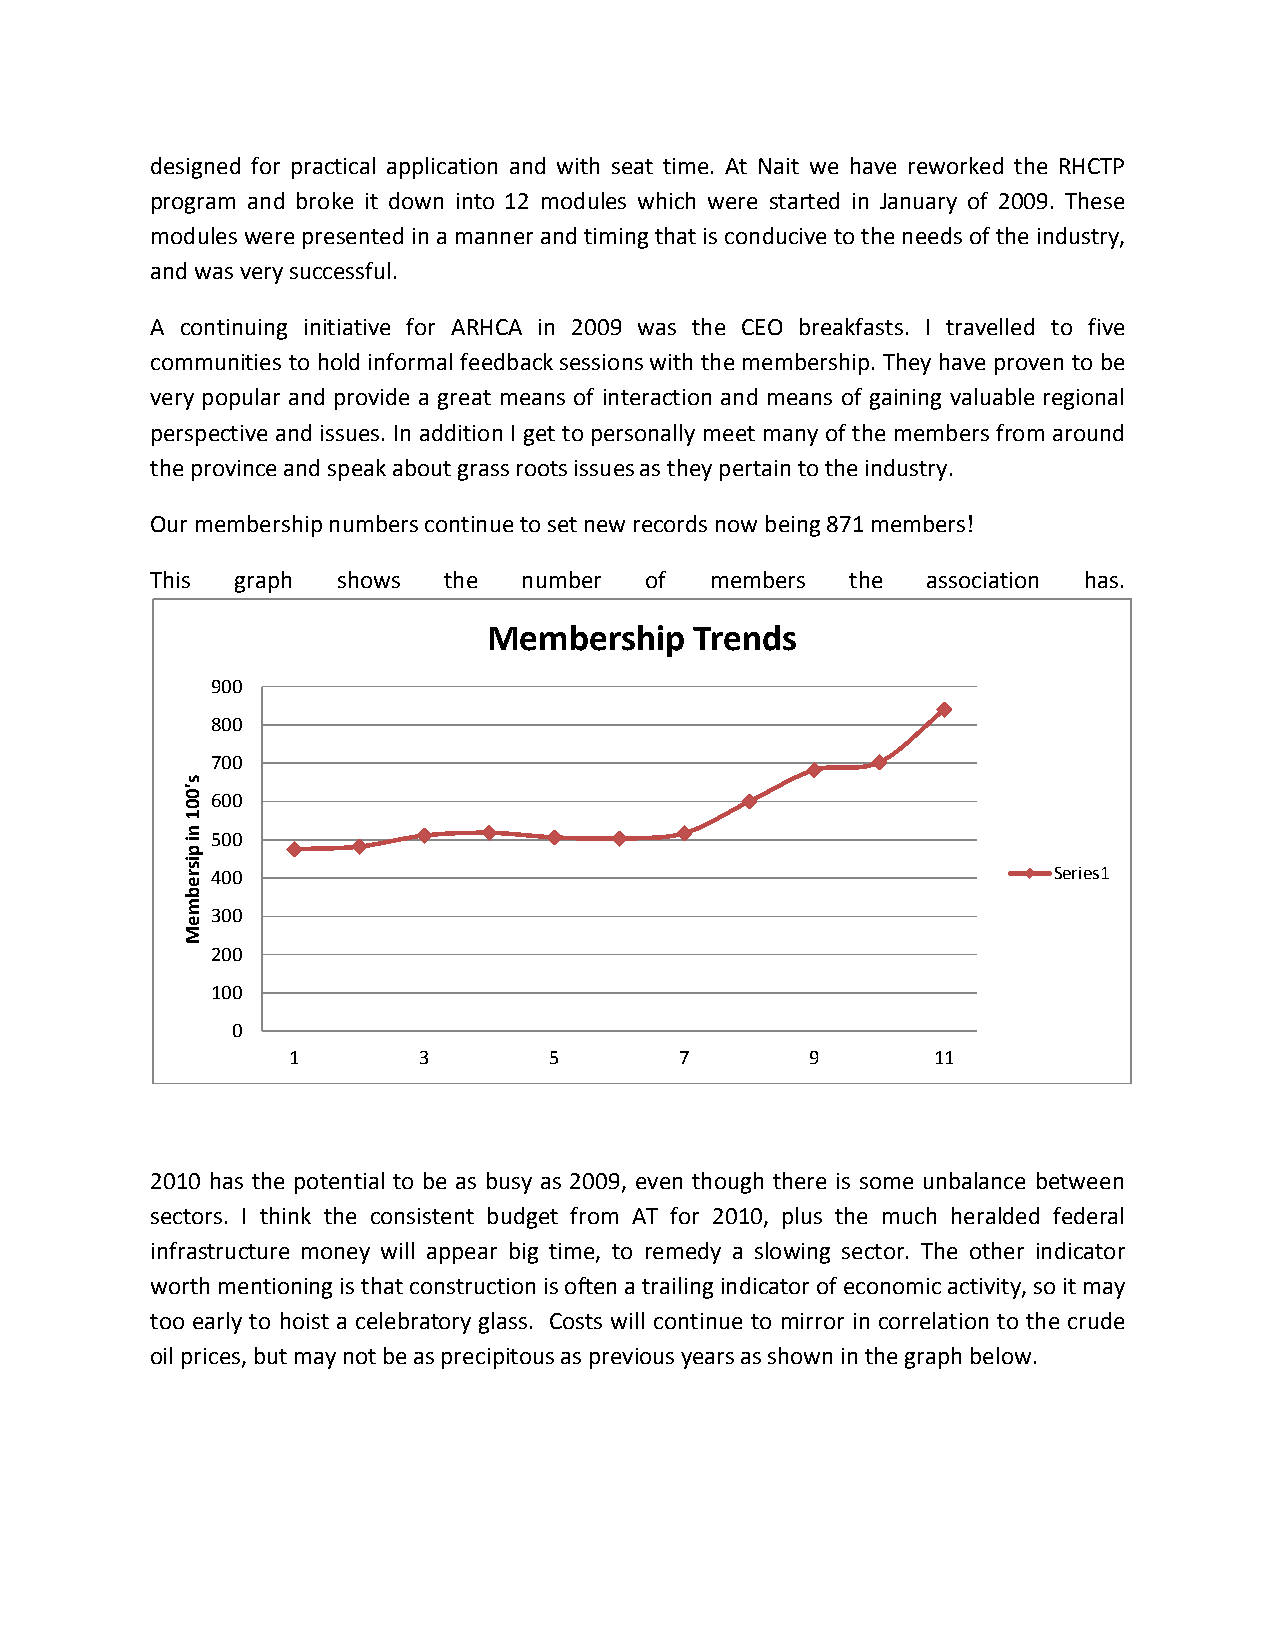
designed for practical application and with seat time. At Nait we have reworked the RHCTP
 program and broke it down into 12 modules which were started in January of 2009. These
 modules were presented in a manner and timing that is conducive to the needs of the industry,
 and was very successful.
 A continuing initiative for ARHCA in 2009 was the CEO breakfasts. I travelled to five
 communities to hold informal feedback sessions with the membership. They have proven to be
 very popular and provide a great means of interaction and means of gaining valuable regional
 perspective and issues. In addition I get to personally meet many of the members from around
 the province and speak about grass roots issues as they pertain to the industry.
 Our membership numbers continue to set new records now being 871 members!
 This  graph shows  the   number  of  members  the  association has.
 Membership    Trends
 900
 800
 700
 600
 500
 400                                                     Series1
 300
 200
 100
 0
 1        3       5        7        9       11
 2010 has the potential to be as busy as 2009, even though there is some unbalance between
 sectors. I think the consistent budget from AT for 2010, plus the much heralded federal
 infrastructure money will appear big time, to remedy a slowing sector. The other indicator
 worth mentioning is that construction is often a trailing indicator of economic activity, so it may
 too early to hoist a celebratory glass. Costs will continue to mirror in correlation to the crude
 oil prices, but may not be as precipitous as previous years as shown in the graph below.
 s'001
 ni
 pisrebmeM